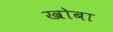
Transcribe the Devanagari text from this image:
खोबा